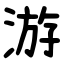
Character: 游